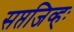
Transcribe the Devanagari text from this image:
सप्तजिव्हः